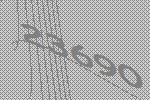
23690